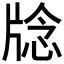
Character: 𪺥